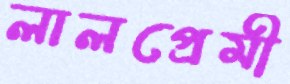
লালপ্রেমী